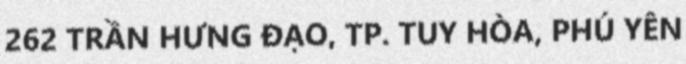
262 TRẦN HƯNG ĐẠO, TP. TUY HÒA, PHÚ YÊN